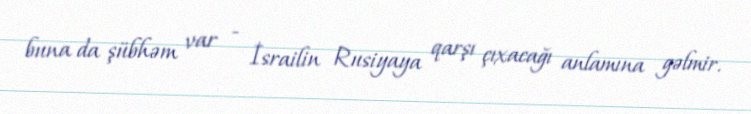
buna da şübhəm var - İsrailin Rusiyaya qarşı çıxacağı anlamına gəlmir.